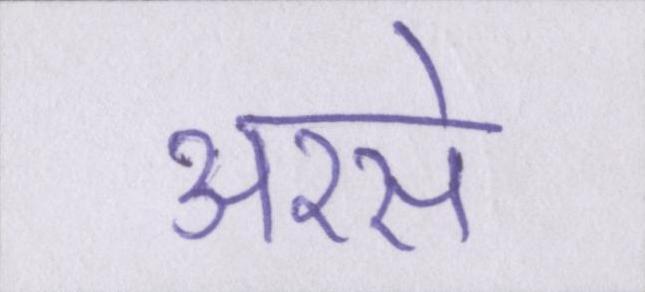
अरसे